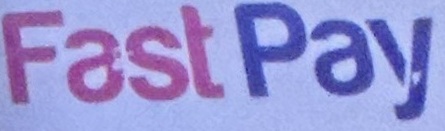
Fast Pay